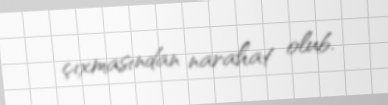
çıxmasından narahat olub.